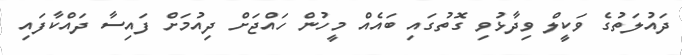
ދައުލަތުގެ ވަކީލް ވިދާޅުވި ގޮތުގައި ބައެއް މީހުން ހައްޖަށް ދިއުމަށް ފައިސާ ދައްކާފައި